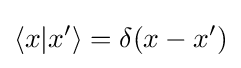
\langle x|x'\rangle =\delta (x-x')